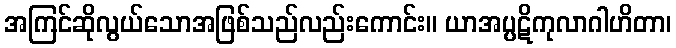
အကြင်ဆိုလွယ်သောအဖြစ်သည်လည်းကောင်း။ ယာအပ္ပဋိကုလာဂါဟိတာ၊